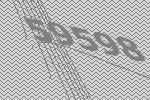
59598